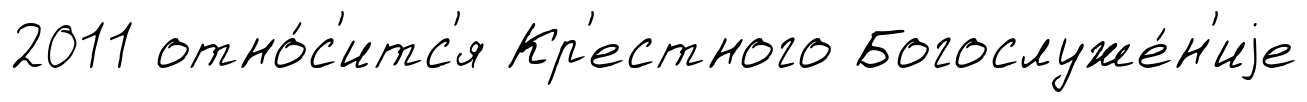
2011 отно́с'итс'я Кр'естного Богослуже́н'иjе